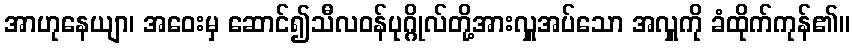
အာဟုနေယျာ၊ အဝေးမှ ဆောင်၍သီလဝန်ပုဂ္ဂိုလ်တို့အားလှူအပ်သော အလှူကို ခံထိုက်ကုန်၏။